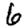
Digit: 6